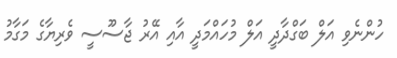
ހުންނެވި އަލް ބަގްދާދީ އަލް މުހައްމަދީ އާއި އޭރު ޖާސޫސީ ވެރިޔާގެ މަގާމު